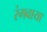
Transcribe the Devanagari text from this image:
रंगवाया